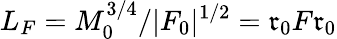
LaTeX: L_{F}=M_{0}^{3/4}/|F_{0}|^{1/2}=\mathfrak{r}_{0}F\mathfrak{r}_{0}